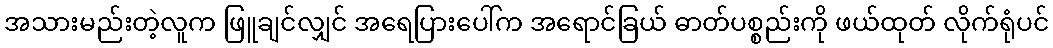
အသားမည်းတဲ့လူက ဖြူချင်လျှင် အရေပြားပေါ်က အရောင်ခြယ် ဓာတ်ပစ္စည်းကို ဖယ်ထုတ် လိုက်ရုံပင်